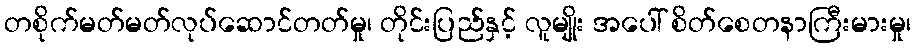
တစိုက်မတ်မတ်လုပ်ဆောင်တတ်မှု၊ တိုင်းပြည်နှင့် လူမျိုး အပေါ် စိတ်စေတနာကြီးမားမှု၊